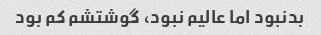
بدنبود اما عالیم نبود، گوشتشم کم بود